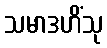
သမာဒဟိံသု